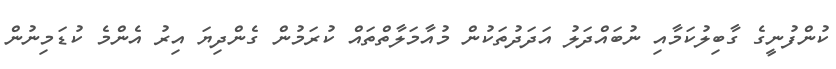
ކުންފުނީގެ ގާބިލުކަމާއި ނުބައްދަލު އަދަދުތަކުން މުއާމަލާތްތައް ކުރަމުން ގެންދިޔަ އިރު އެންމެ ކުޑަމިނުން